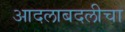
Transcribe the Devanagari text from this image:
आदलाबदलीचा